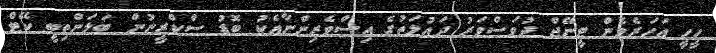
ހީހީ އަހަރެމެން ޓީނޭޖް ދުވަސްވަރު ދައުލަތުގެ އިސްވެރިންނާއެކު ބޮޑު ސްކްރީނުން ބަލަންތިބީ ކޭޓް